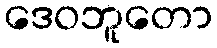
ဒေဝဘူတော